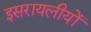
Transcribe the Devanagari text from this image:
इसरायलीयों